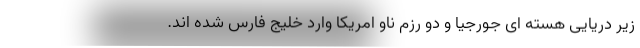
زیر دریایی هسته ای جورجیا و دو رزم ناو امریکا وارد خلیج فارس شده اند.